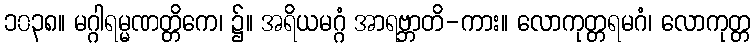
၁၀၃၈။ မဂ္ဂါရမ္မဏတ္တိကေ၊ ၌။ အရိယမဂ္ဂံ အာရဗ္ဘာတိ-ကား။ လောကုတ္တရမဂံ၊ လောကုတ္တ